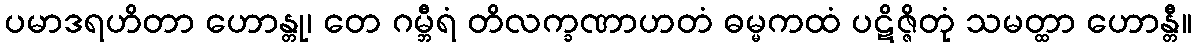
ပမာဒရဟိတာ ဟောန္တု၊ တေ ဂမ္ဘီရံ တိလက္ခဏာဟတံ ဓမ္မကထံ ပဋိဇ္ဇိတုံ သမတ္ထာ ဟောန္တီ။